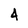
Character: 4